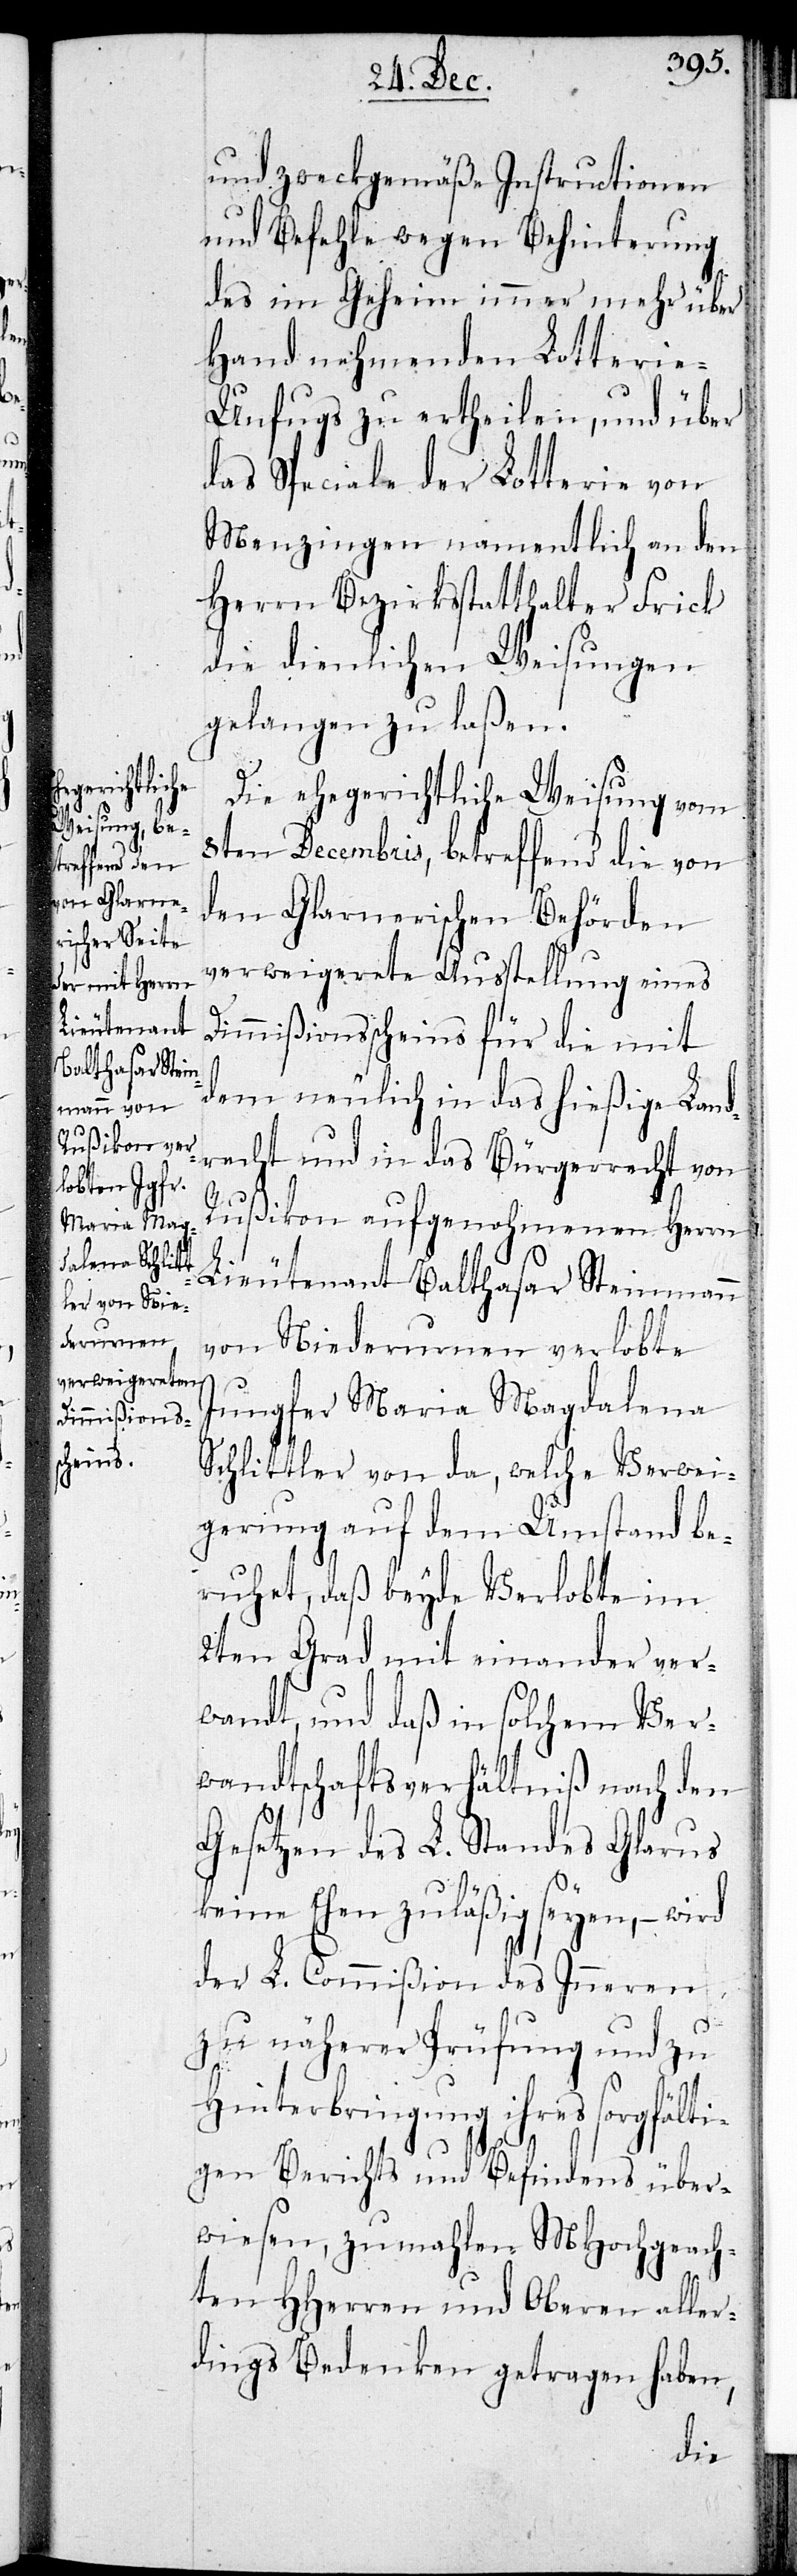
und zweckmäßige Instructionen
und Befehle wegen Behinterung
des im Geheim immer mehr über
Hand nehmenden Lotteri¬
e-Unfugs zu ertheilen, und über
das Speciale der Lotterie von
Menzingen, namentlich an den
Herrn Bezirksstatthalter Frick
die dienlichen Weisungen
gelangen zu laßen.
Die ehegerichtliche Weisung vom
8ten Decembris, betreffend die von
den Glarnerischen Behörden
verweigerete Ausstellung eines
Dimmißionsscheins für die mit
dem neulich in das hießige Land¬
recht und in das Bürgerrecht von
Rußikon aufgenohmenen Herren
Lieutenant Balthasar Steinmann
von Niederurnen verlobte
Jungfer Maria Magdalena
Schlittler von da, welche Verwei¬
gerung auf dem Umstand be¬
ruhet, daß beyde Verlobte im
2ten Grad mit einander ver¬
wandt, und daß in solchem Ver¬
wandtschaftsverhältniß nach den
Gesetzen des L. Standes Glarus
keine Ehen zuläßig seyen, – wird
der L. Commißion des Inneren
zu näherer Prüfung und zu
Hinterbringung ihres sorgfält¬
igen Berichts und Befindens über¬
wiesen, zumahlen MHochgeach¬
ten HHerren und Oberen aller¬
dings Bedenken getragen haben,